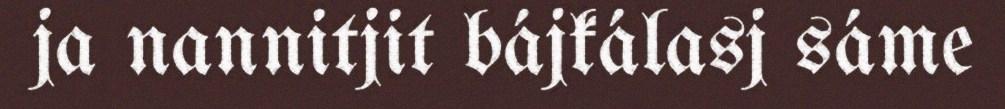
ja nannitjit bájkálasj sáme